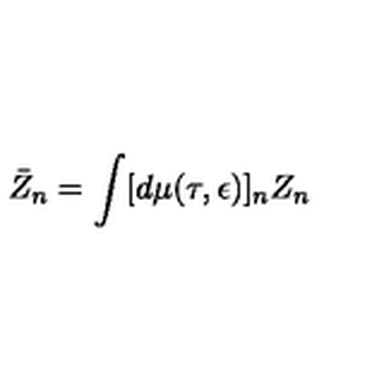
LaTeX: \bar { Z } _ { n } = \int [ d \mu ( \tau , \epsilon ) ] _ { n } Z _ { n } \,